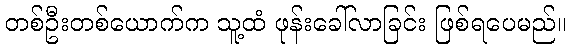
တစ်ဦးတစ်ယောက်က သူ့ထံ ဖုန်းခေါ်လာခြင်း ဖြစ်ရပေမည်။